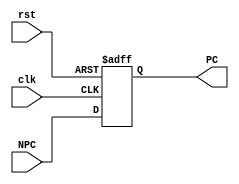
`timescale 1ns / 1ps
//////////////////////////////////////////////////////////////////////////////////
// Company: 
// Engineer: 
// 
// Design Name: 
// Module Name: pc
// Project Name: 
// Target Devices: 
// Tool Versions: 
// Description: 
// 
// Dependencies: 
// 
// Revision:
// Revision 0.01 - File Created
// Additional Comments:
// 
//////////////////////////////////////////////////////////////////////////////////
`define reset 32'h0000_3000

module pc(rst,clk,NPC,PC);
    input rst;//reset 0
    input clk;//clock 
    input [31:0] NPC;//next PC
    output reg [31:0] PC;
    always @(posedge clk,posedge rst) begin
        if(rst)
            PC <= `reset;
        else
            PC <= NPC;
    end
endmodule